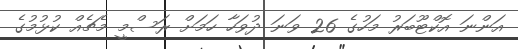
އަންނަ އޮކްޓޫބަރު މަހުގެ 26 ވަނަ ދުވަހާ ހަމަށް ރަސްމީ މެޗެއް ކުޅުމުގެ